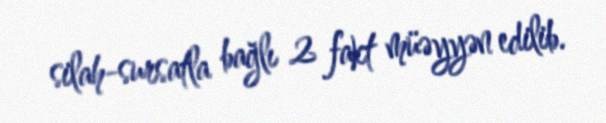
silah-sursatla bağlı 2 fakt müəyyən edilib.